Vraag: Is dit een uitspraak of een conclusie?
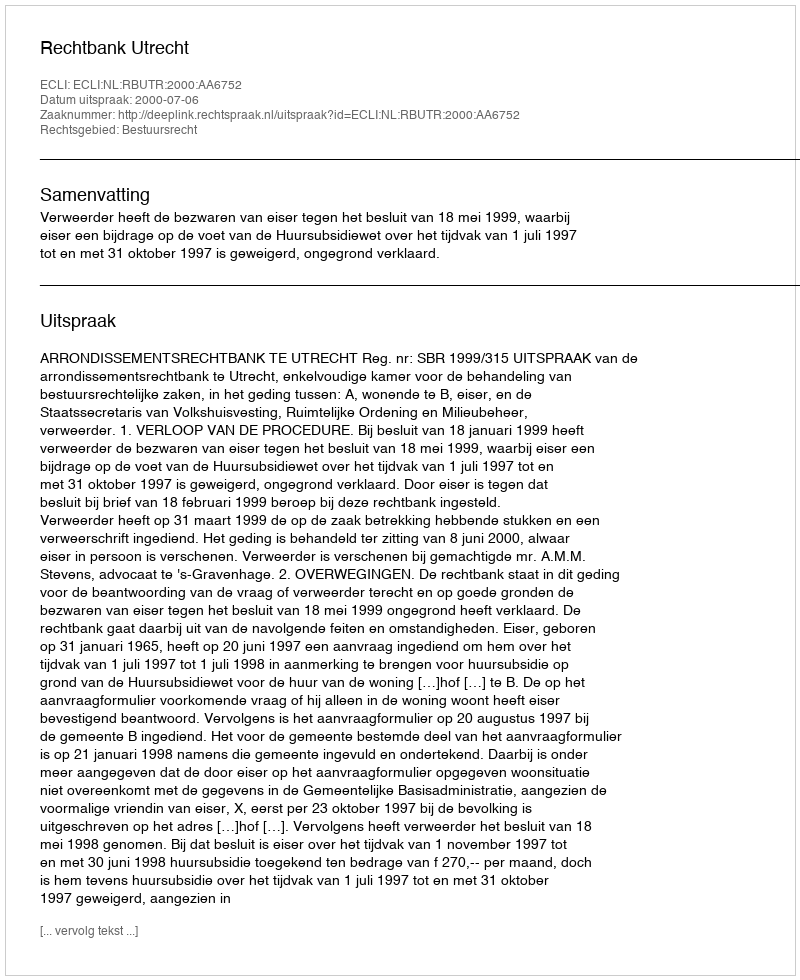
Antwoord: Uitspraak